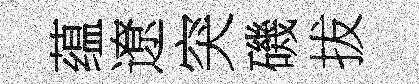
蕴遼突磯拔